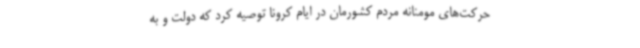
حرکت‌های مومنانه مردم کشورمان در ایام کرونا توصیه کرد که دولت و به